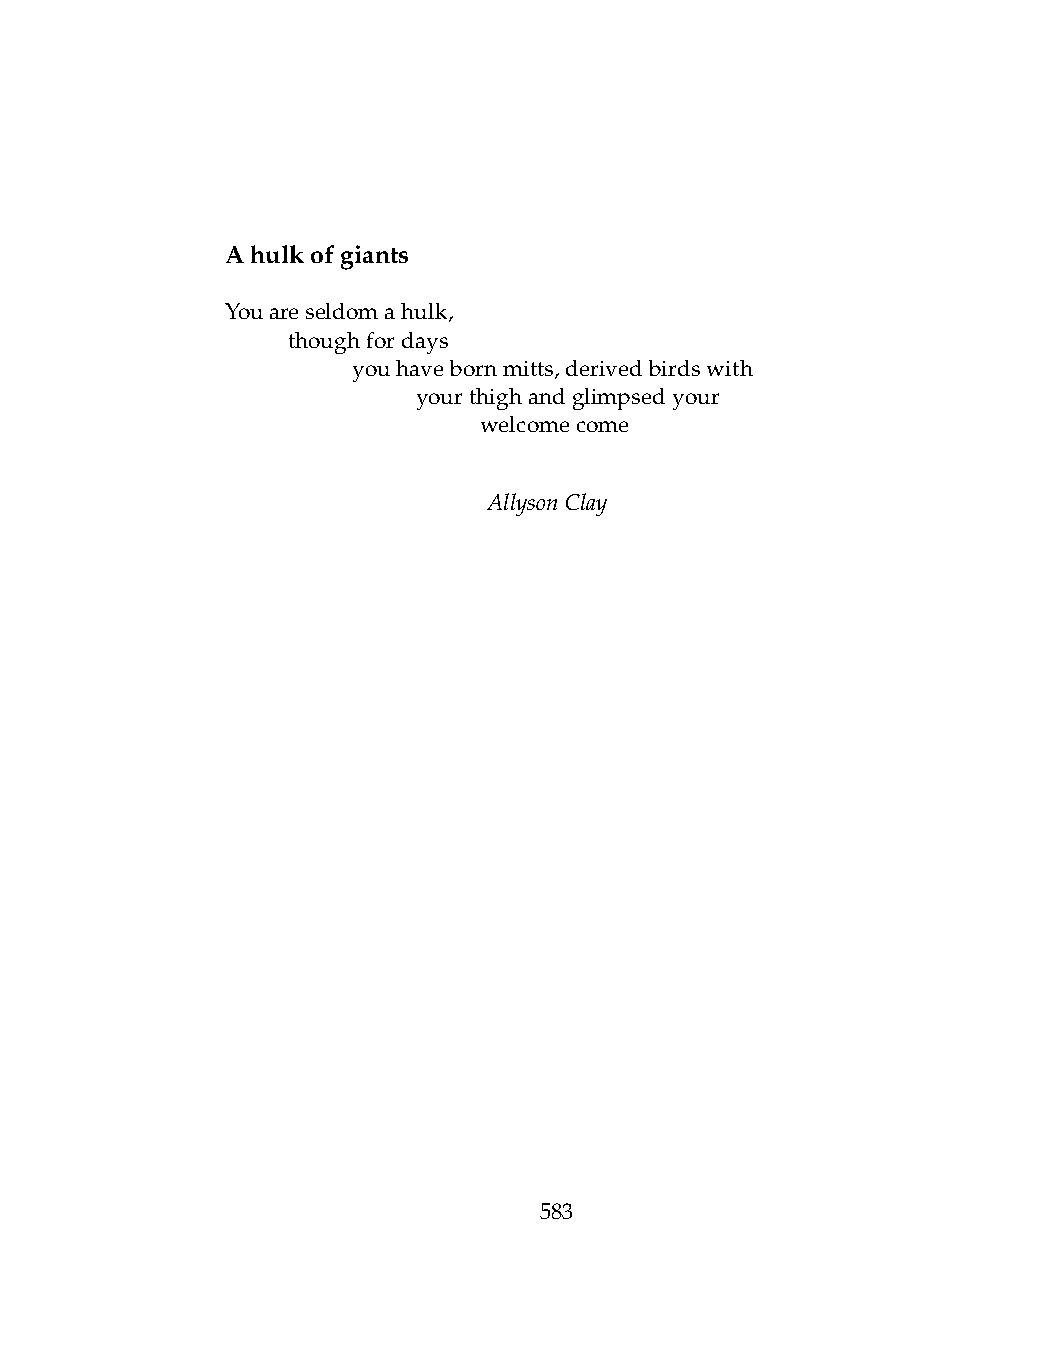
Ahulkofgiants
 Youareseldomahulk,
 .   thoughfordays
 .   .   youhavebornmitts,derivedbirdswith
 .   .   .    yourthighandglimpsedyour
 .   .   .    .   welcomecome
 AllysonClay
 583